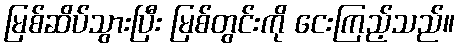
မြစ်ဆိပ်သွားပြီး မြစ်တွင်းကို ငေးကြည့်သည်။